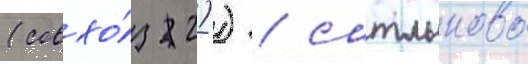
(совхо́з 2)) / сатлыково